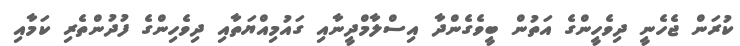
ކުރަން ޖެހެނީ ދިވެހީންގެ އަތުން ބީވެގެންދާ އިސްލާމްދީނާއި ގައުމިއްޔަތާއި ދިވެހިންގެ ފުދުންތެރި ކަމާއި